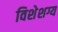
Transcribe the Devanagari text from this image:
विशेशग्य